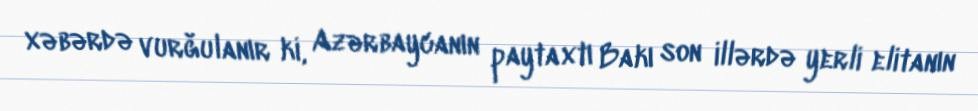
xəbərdə vurğulanır ki, Azərbaycanın paytaxtı Bakı son illərdə yerli elitanın